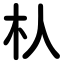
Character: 朲